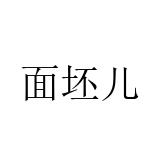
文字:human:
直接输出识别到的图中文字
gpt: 面坯儿